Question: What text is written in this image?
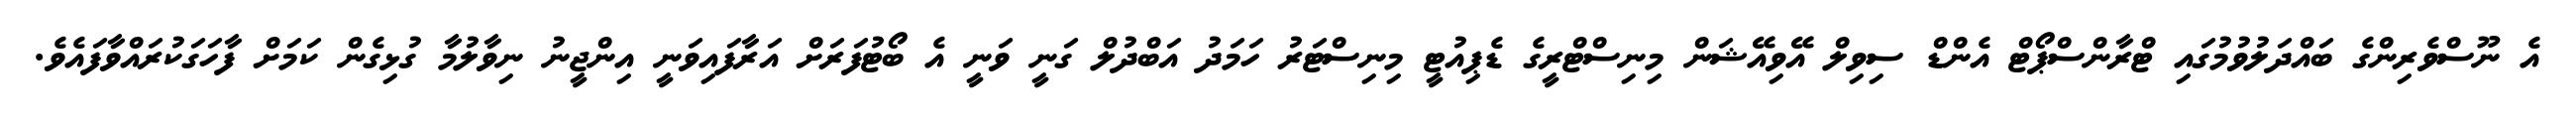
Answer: އެ ނޫސްވެރިންގެ ބައްދަލުވުމުގައި ޓްރާންސްޕޯޓް އެންޑް ސިވިލް އޭވިއޭޝަން މިނިސްޓްރީގެ ޑެޕިއުޓީ މިނިސްޓަރު ހަމަދު އަބްދުލް ގަނީ ވަނީ އެ ބޯޓުފަރަށް އަރާފައިވަނީ އިންޖީނު ނިވާލުމާ ގުޅިގެން ކަމަށް ފާހަގަކުރައްވާފައެވެ.